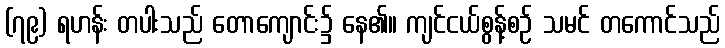
(၇၉) ရဟန်း တပါးသည် တောကျောင်း၌ နေ၏။ ကျင်ငယ်စွန့်စဉ် သမင် တကောင်သည်